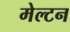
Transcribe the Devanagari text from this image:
मेल्टन